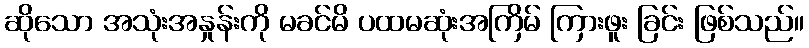
ဆိုသော အသုံးအနှုန်းကို မခင်မိ ပထမဆုံးအကြိမ် ကြားဖူး ခြင်း ဖြစ်သည်။